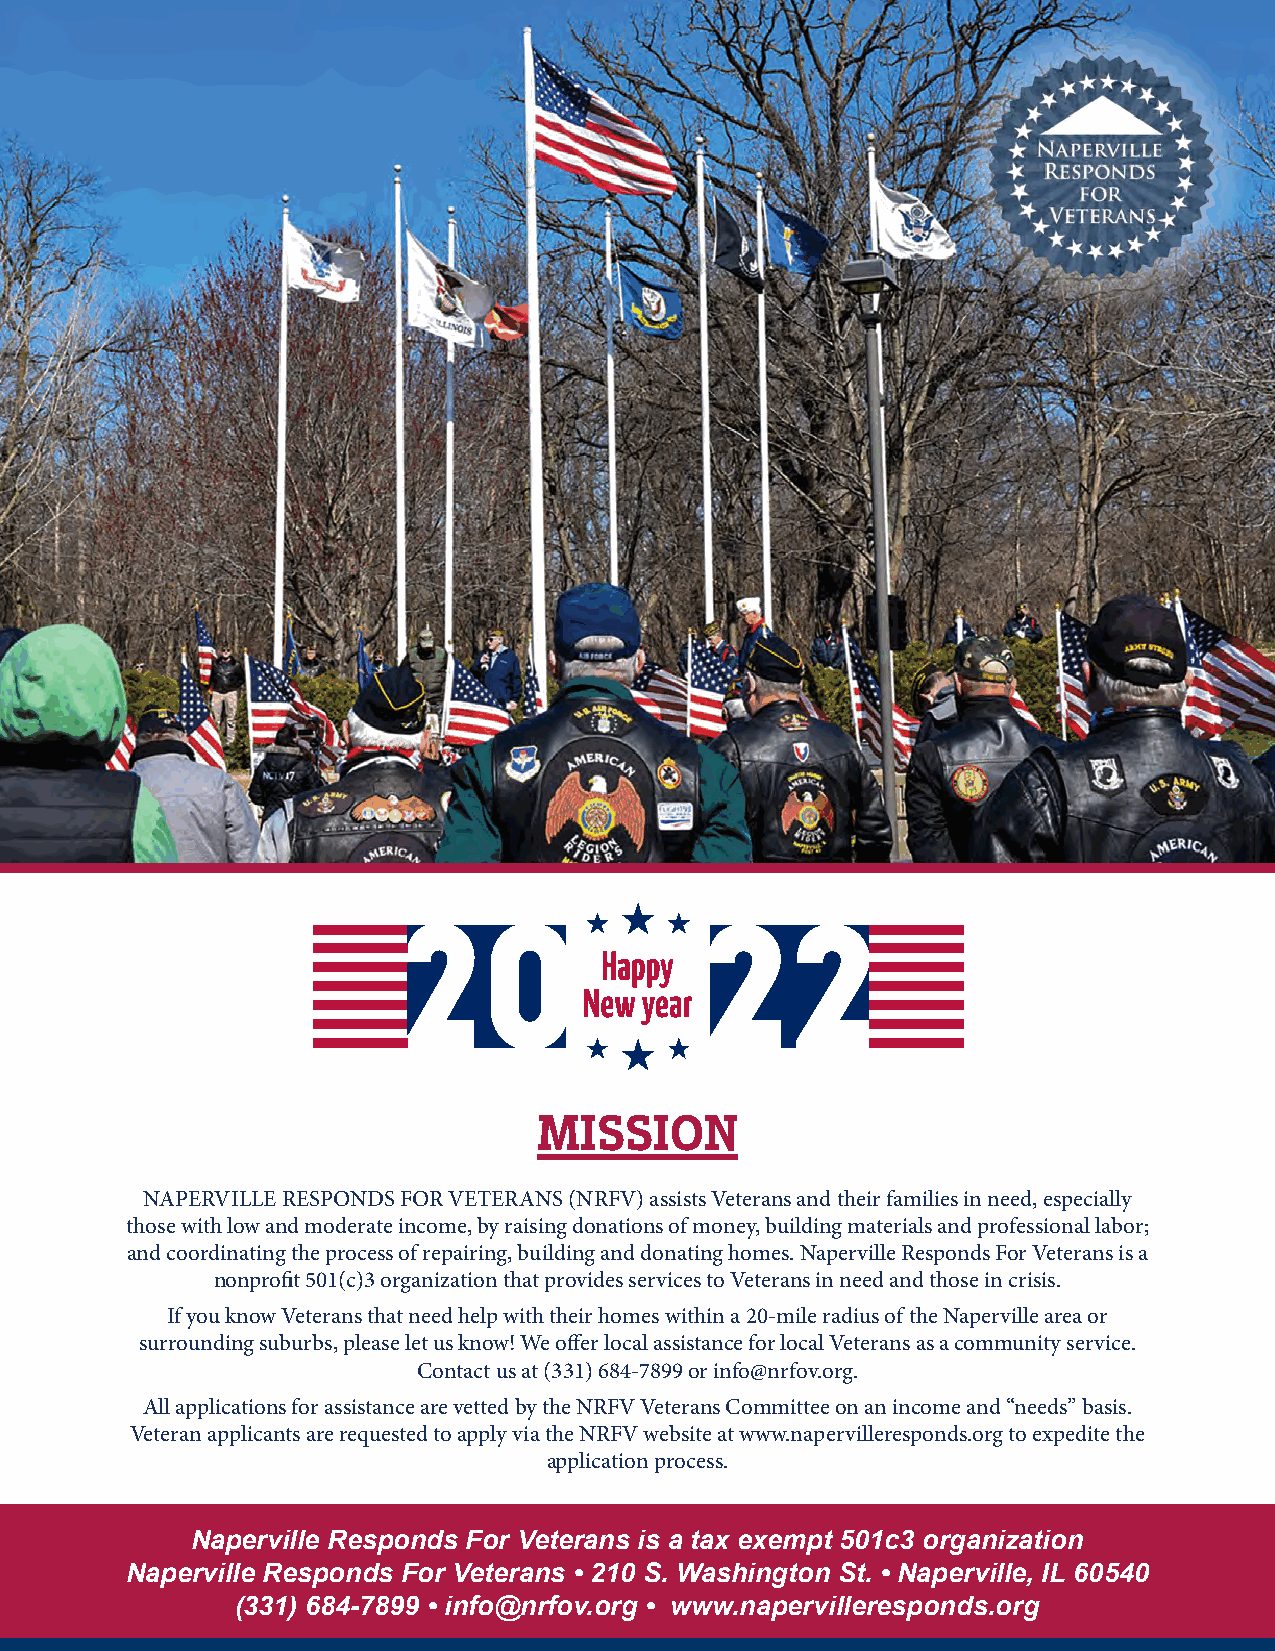
MISSION
 NAPERVILLE RESPONDS FOR VETERANS (NRFV) assists Veterans and their families in need, especially
 those with low and moderate income, by raising donations of money, building materials and professional labor;
 and coordinating the process of repairing, building and donating homes. Naperville Responds For Veterans is a
 nonprofit 501(c)3 organization that provides services to Veterans in need and those in crisis.
 If you know Veterans that need help with their homes within a 20-mile radius of the Naperville area or
 surrounding suburbs, please let us know! We offer local assistance for local Veterans as a community service.
 Contact us at (331) 684-7899 or info@nrfov.org.
 All applications for assistance are vetted by the NRFV Veterans Committee on an income and “needs” basis.
 Veteran applicants are requested to apply via the NRFV website at www.napervilleresponds.org to expedite the
 application process.
 Naperville Responds For Veterans is a tax exempt 501c3 organization
 Naperville Responds For Veterans • 210 S. Washington St. • Naperville, IL 60540
 (331) 684-7899 • info@nrfov.org • www.napervilleresponds.org